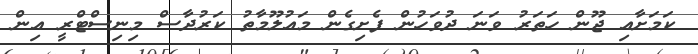
ކަމަށާއި ޖޫން ހަތަރު ވަނަ ދުވަހުން ފެށިގެން މައުލޫމާތު ކަރުދާސް މިނިސްޓްރީ އިން